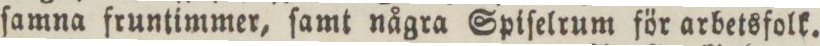
ſamna fruntimmer, ſamt några Spiſelrum för arbetsfolk.